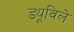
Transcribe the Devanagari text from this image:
ड्यूविले